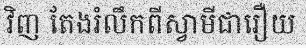
វិញ តែងរំលឹកពីស្វាមីជារឿយ